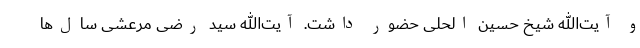
و آیت‌الله شیخ حسین الحلی حضور داشت. آیت‌الله سید رضی مرعشی سال‌ها